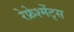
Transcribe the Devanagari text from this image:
रेफ्रेश्मेंट्स